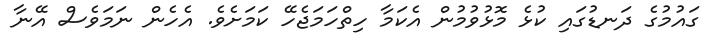
ގައުމުގެ ދަނޑުގައި ކުޅެ މޮޅުވުމުން އެކަމާ ހިތްހަމަޖެހޭ ކަމަށެވެ. އެހެން ނަމަވެސް އޭނާ